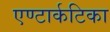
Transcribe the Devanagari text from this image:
एण्टार्कटिका